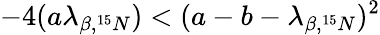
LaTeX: -4(a\lambda_{\beta,^{15}N})<(a-b-\lambda_{\beta,^{15}N})^{2}